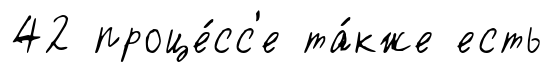
42 проце́сс'е та́кже есть